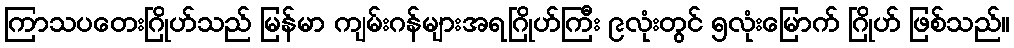
ကြာသပတေးဂြိုဟ်သည် မြန်မာ ကျမ်းဂန်များအရဂြိုဟ်ကြီး ၉လုံးတွင် ၅လုံးမြောက် ဂြိုဟ် ဖြစ်သည်။